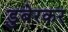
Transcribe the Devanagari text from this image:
डुबेरकर